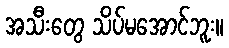
အသီးတွေ သိပ်မအောင်ဘူး။